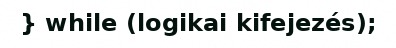
} while (logikai kifejezés);